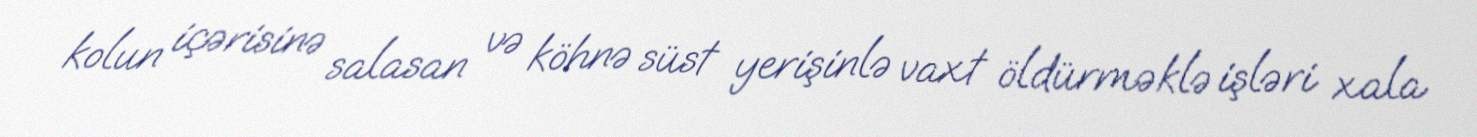
kolun içərisinə salasan və köhnə süst yerişinlə vaxt öldürməklə işləri xala